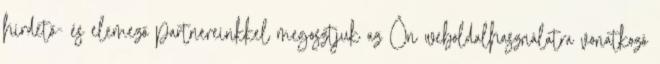
hirdető- és elemező partnereinkkel megosztjuk az Ön weboldalhasználatra vonatkozó